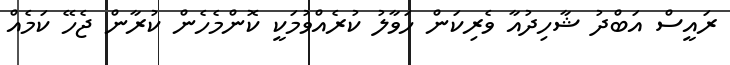
ރައީސް އަބްދު ޝާހިދުއާ ވެރިކަން ހަވާލު ކުރެއްވުމަކީ ކޮންމެހެން ކުރާން ޖެހޭ ކަމެއް